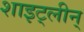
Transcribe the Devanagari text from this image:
शाइट्लीन्